Haapsalu_Metskond, lk 5
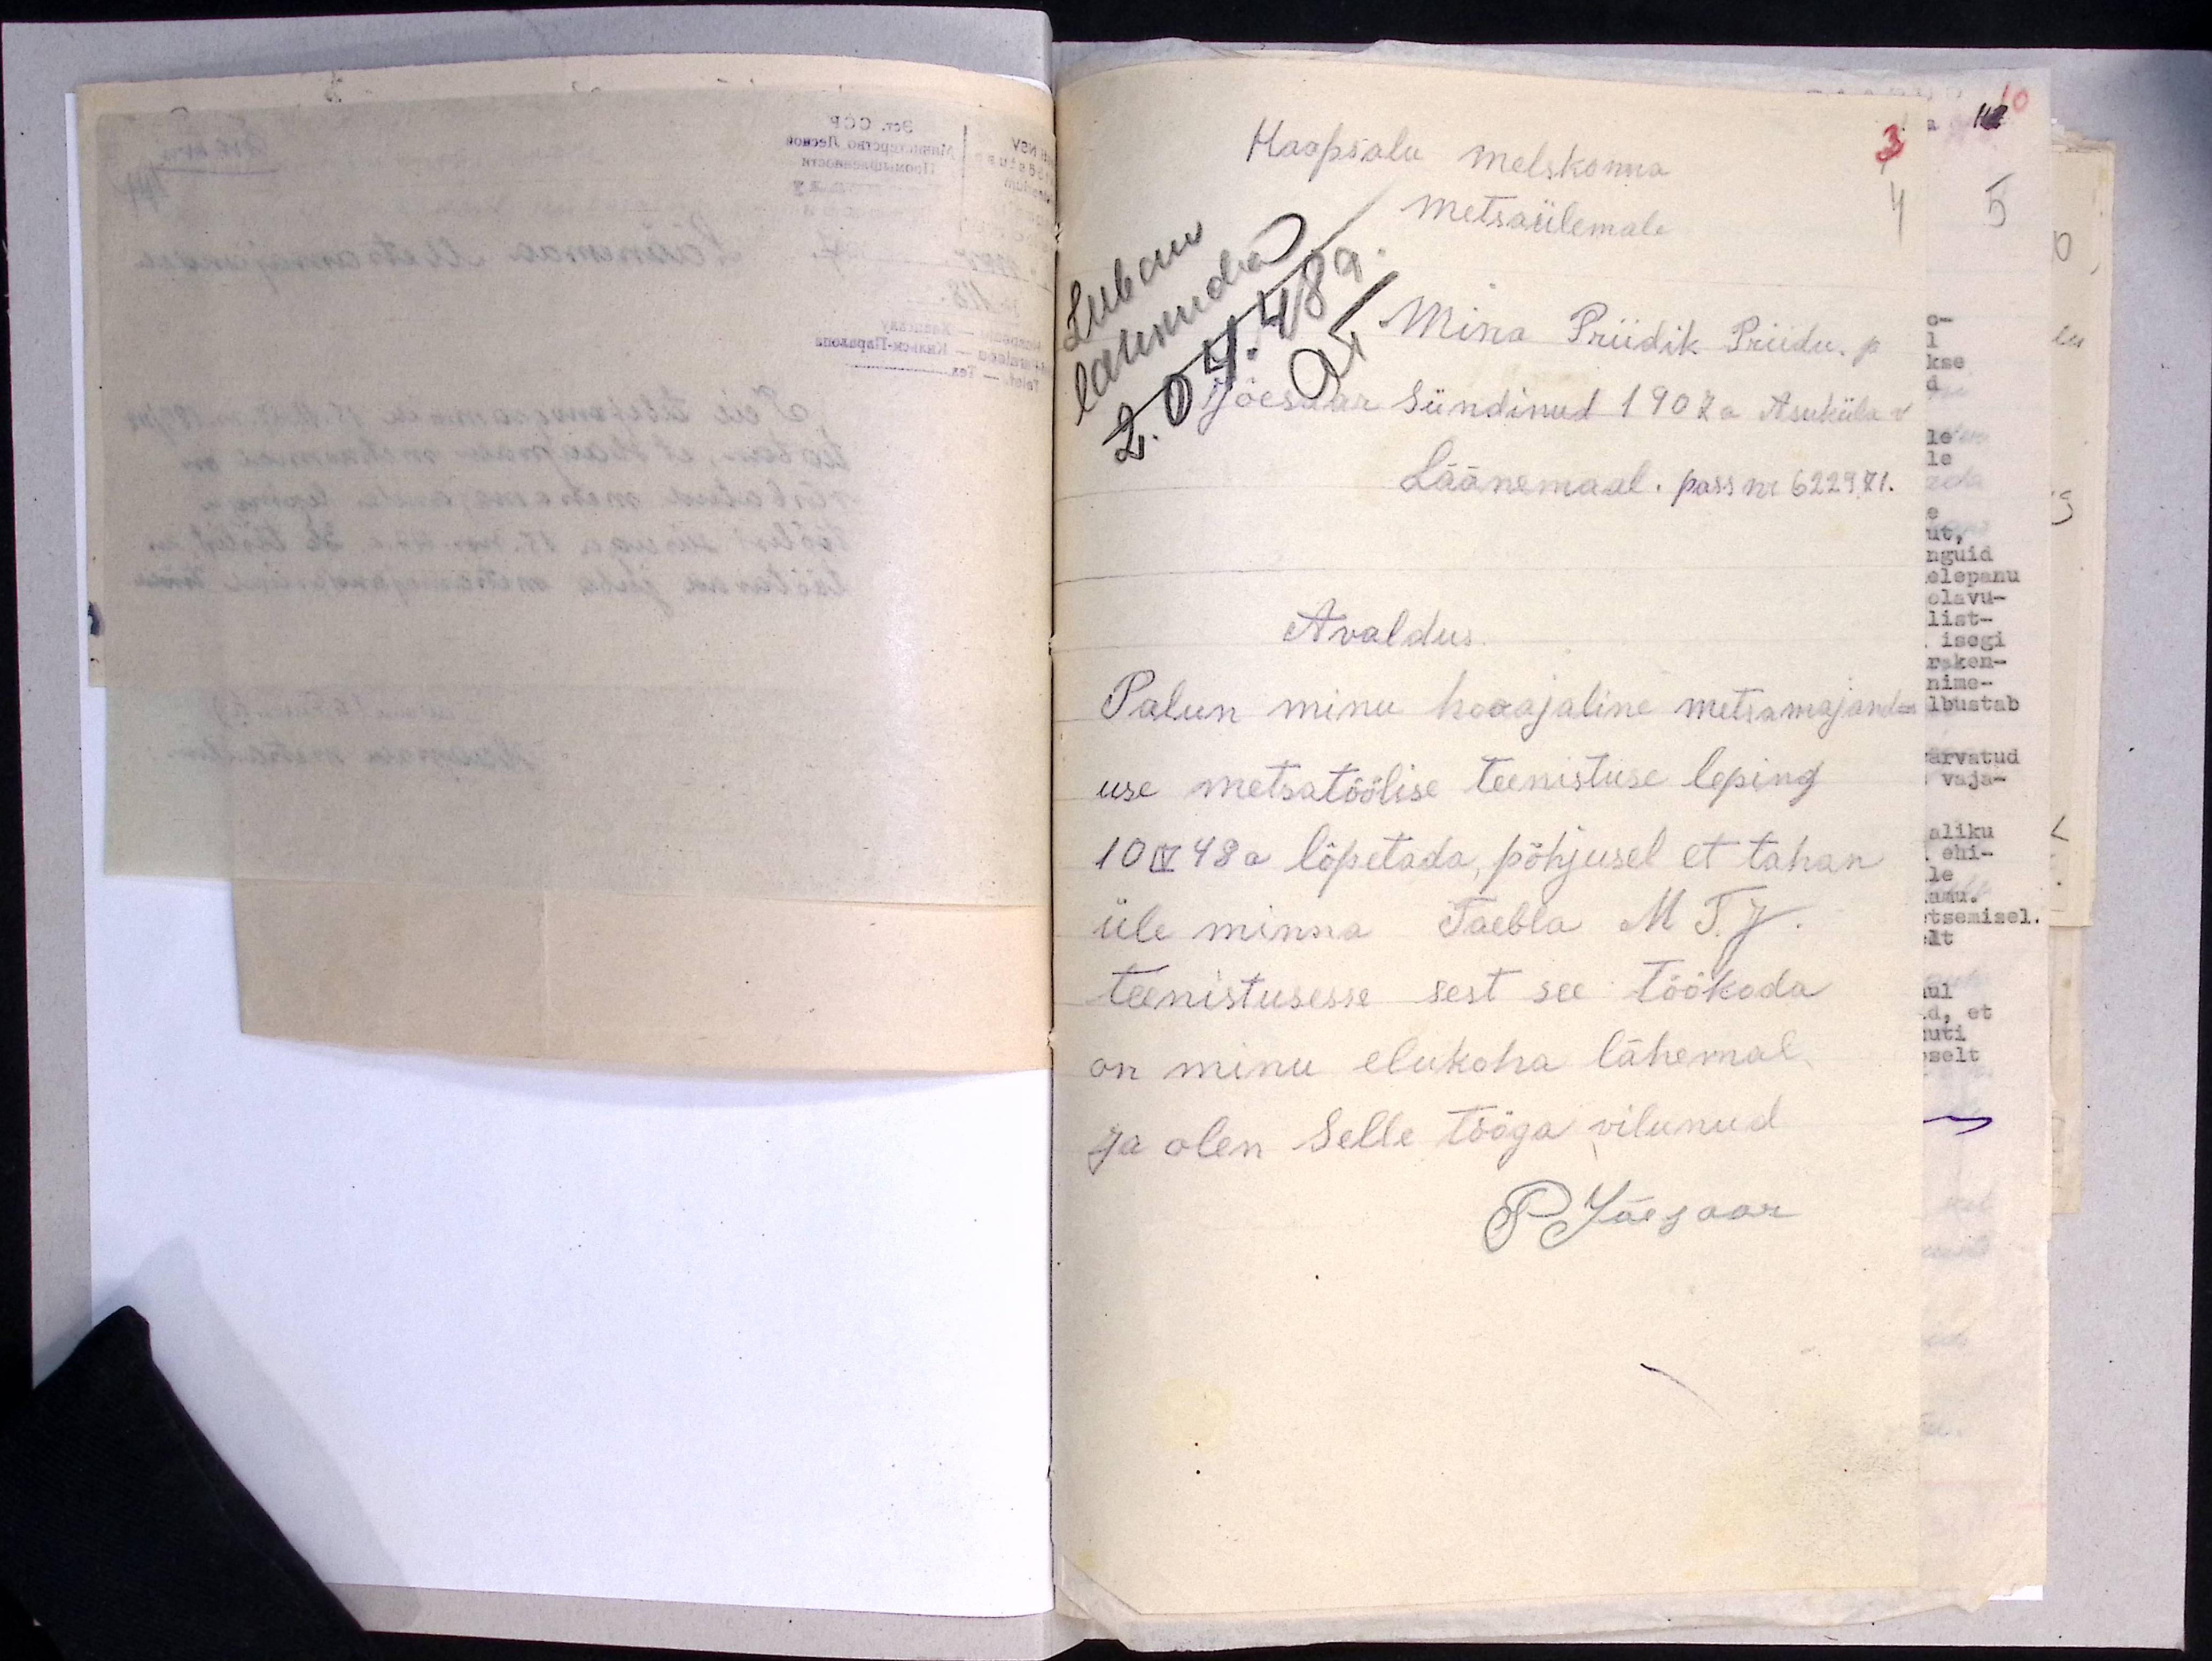
Haapsalu metskonna
Metsaülemale
Luban
lahkuda
2.04.48 a.
Mina Priidik Priidu. p
Jõesaar sündinud 1907a Asuküla v
Läänemaal. pass nr 622971.
Avaldus.
Palun minu hooajaline metsamajand-
use metsatöölise teenistuse leping
10 IV 48 a lõpetada, põhjusel et tahan
üle minna Taebla MT. J.
teenistusesse sest see töökoda
on minu elukoha lähemal
ja olen selle tööga vilunud
P Jõesaar